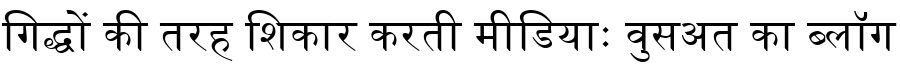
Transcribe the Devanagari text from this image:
गिद्धों की तरह शिकार करती मीडियाः वुसअत का ब्लॉग